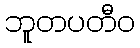
ဘူတပတီဝ